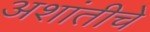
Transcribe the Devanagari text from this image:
अशांतीचे